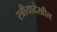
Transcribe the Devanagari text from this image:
स्त्रीयादेखील